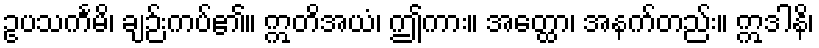
ဥပသင်္ကမိ၊ ချဉ်းကပ်၏။ ဣတိအယံ၊ ဤကား။ အတ္ထော၊ အနက်တည်း။ ဣဒါနိ၊